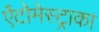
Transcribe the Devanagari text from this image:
ऐंटोमेस्ट्राका